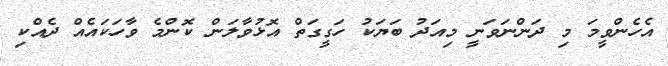
އެހެންވީމަ މި ދަންނަވަނީ މިއަދު ބަޔަކު ހަގީގަތް އޮޅުވާލަން ކޮންމެ ވާހަކައެއް ދެއްކި